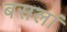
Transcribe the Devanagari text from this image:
बसलां